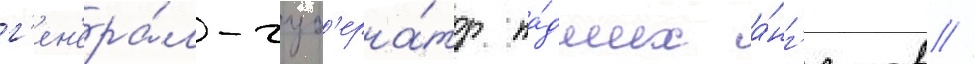
г'ен'ера́л-губ'ерна́тор па́дших а́нг'елов //